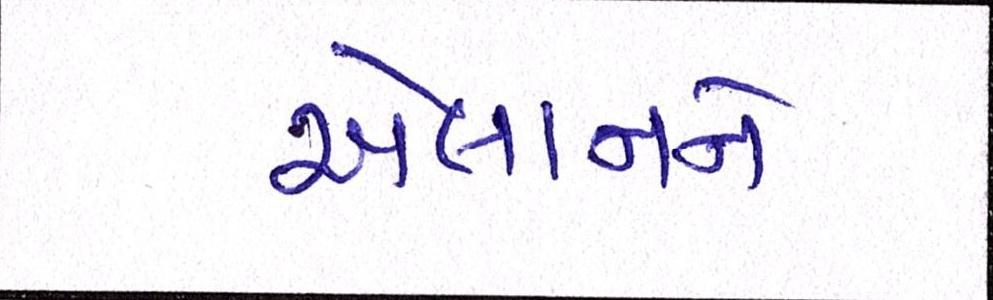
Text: એલાનને